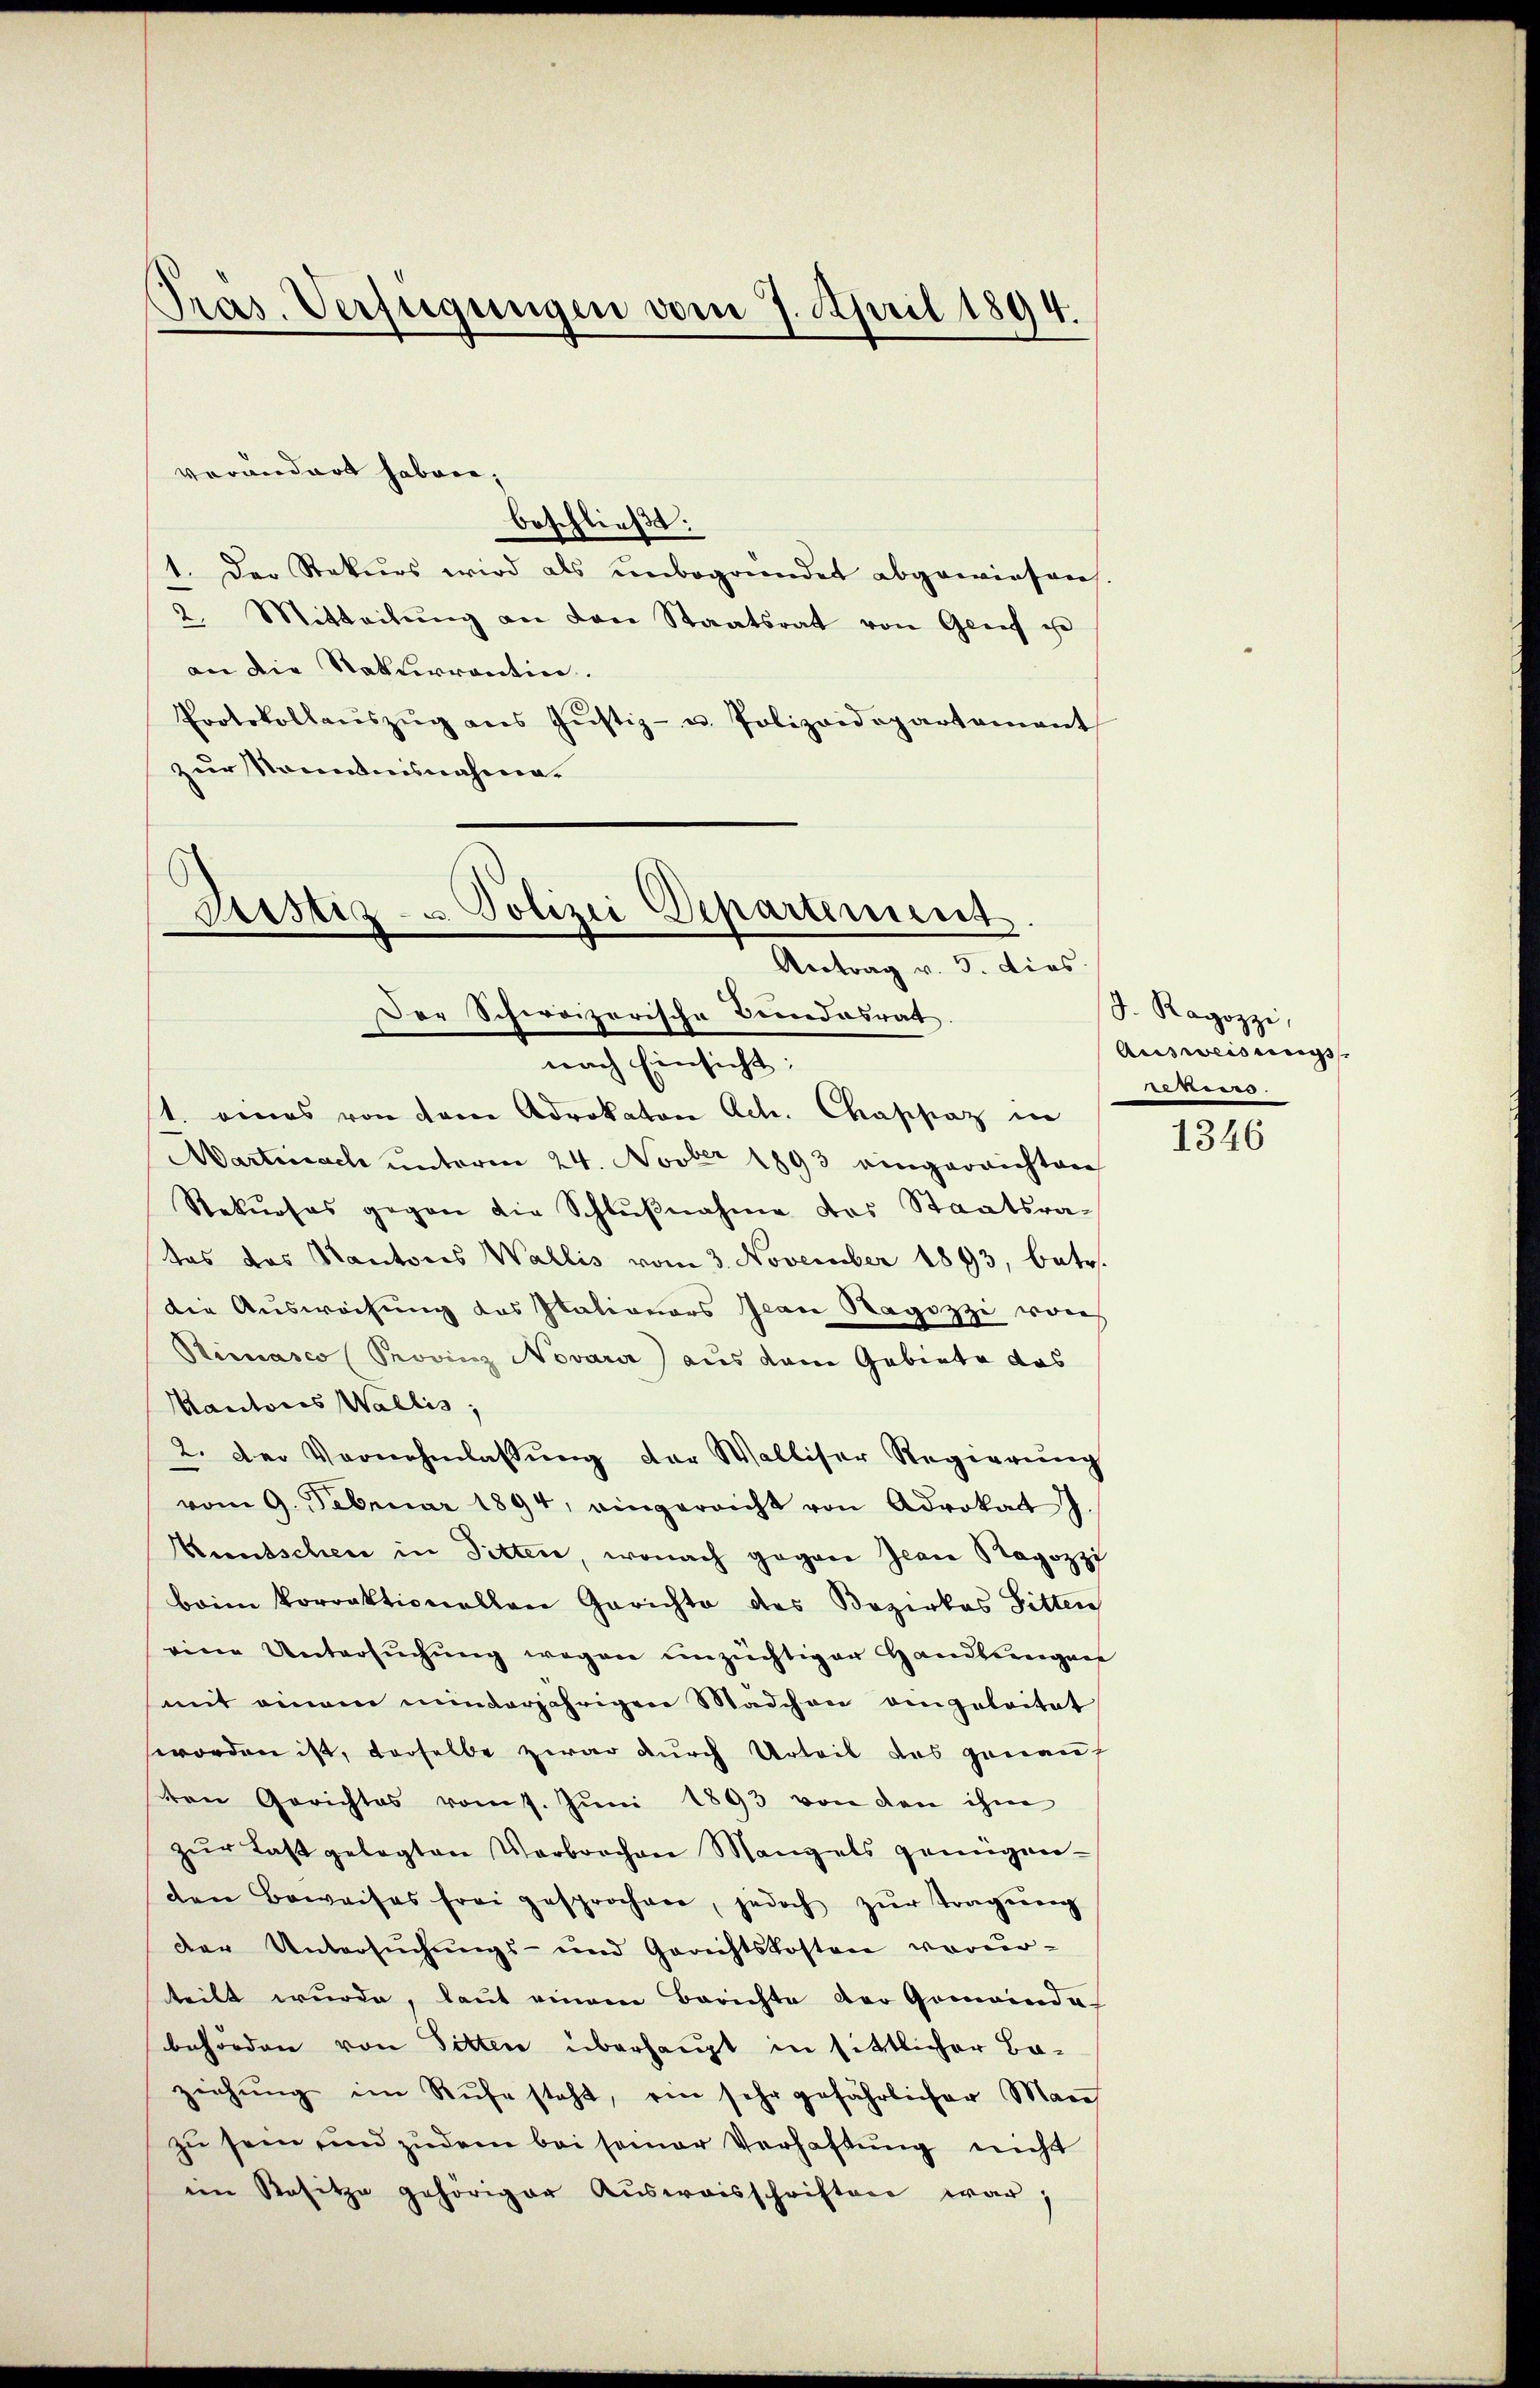
Pras. Verfügungen vom 7. April 1894.

beschließt:
1. Der Stekurs wird als unbegründet abgewiesen.
2. Mitteilŭng an den Staatsrat von Greif ge
an die Naturrentin.
Protokollaŭszŭg ans Jŭstiz- u. Polizeidepartament
zur Kenntnisnahme.

verändert haben,

Justiz- u Polizei Departement.
Antrag v. 5. dies
Der Schweizerische Bundesrat
nach Einsicht:
1. eines von dem Advokaten Act. Chappaz in

Martinach unterm 24. Novber 1893 eingereichten
Rekŭrses gegen die Schlŭβnahme das Staatsra-
tas das Kantons Wallis vom 3. November 1893, betr.
die Auswachung das Italionars Jean Ragozze vorh
Reiasco Provinz Novarii aus dem Gebiete das
Kantones Wallis,
2. Der Vernehmlassŭng der Walliser Regierŭng
vom 9. Februar 1894, eingereicht von Advokat J.
Kuntschen in Sitten, wonach gegen Jean Ragozzi
beim Vorrektionellen Gerichte des Bezirkes Sitten
eine Untersŭchŭng wegen unzüchtiger Handlsengart
mit einem minderjährigen Mädchen angeleitet
worden ist, derselbe zwar durch Urteil des genauf
ten Gerichtes vom 7. Jŭni 1893 von den ihm
zŭr Last gelegten Verbrochen Mangels genügen-
den Beweises frei gesprochen, jedoch zŭr Tragŭng
der Untersuchungs- und Gerichtskosten vorur-
teilt wurde, laut einem Berichte der Gemeinda-
behörden von Sitten überhaupt in sittlicher Baziehŭng im Rufe steht, ein sehr gefährlicher Mare
zu sein und zudem bei seiner Verhaftung nicht
im Rasitze gehöriger Aŭsweisschriften war;

F. Ragozzi,
Ausweisungs
de.

1346